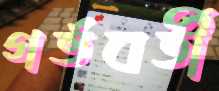
গর্ভবর্তী